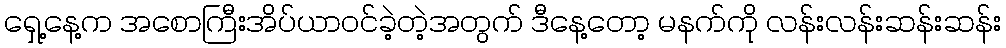
ရှေ့နေ့က အစောကြီးအိပ်ယာ၀င်ခဲ့တဲ့အတွက် ဒီနေ့တော့ မနက်ကို လန်းလန်းဆန်းဆန်း